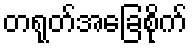
တရုတ်အခြေစိုက်